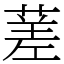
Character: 蒫